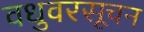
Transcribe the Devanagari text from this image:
वधुवरसूचन